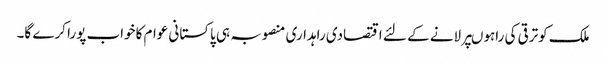
ملک کوترقی کی راہوںپرلانے کے لئے اقتصادی راہداری منصوبہ ہی پاکستانی عوام کاخواب پورا کرے گا۔